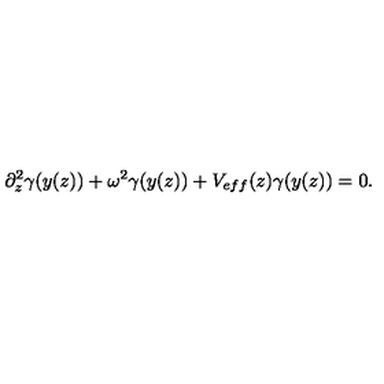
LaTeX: \partial _ { z } ^ { 2 } \gamma ( y ( z ) ) + \omega ^ { 2 } \gamma ( y ( z ) ) + V _ { e f f } ( z ) \gamma ( y ( z ) ) = 0 .